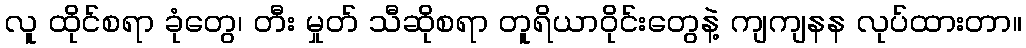
လူ ထိုင်စရာ ခုံတွေ၊ တီး မှုတ် သီဆိုစရာ တူရိယာဝိုင်းတွေနဲ့ ကျကျနန လုပ်ထားတာ။